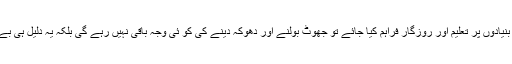
تمام افراد کو یکساں بنیادوں پر تعلیم اور روزگار فراہم کیا جائے تو جھوٹ بولنے اور دھوکہ دینے کی کو ئی وجہ باقی نہیں رہے گی بلکہ یہ دلیل ہی بے وقعت ہوجائے گی۔